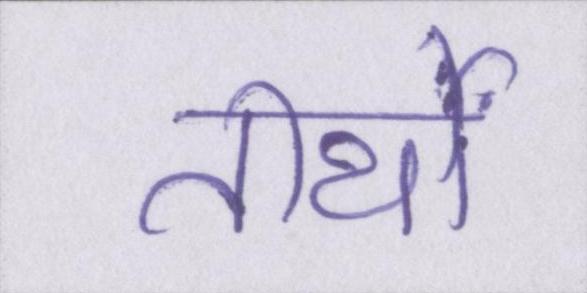
तीर्थों